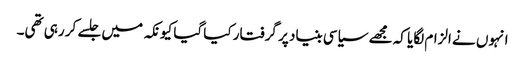
انہوں نے الزام لگایا کہ مجھے سیاسی بنیاد پر گرفتار کیا گیا کیونکہ میں جلسے کر رہی تھی۔